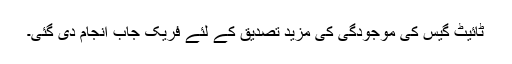
ٹائیٹ گیس کی موجودگی کی مزید تصدیق کے لئے فریک جاب انجام دی گئی۔